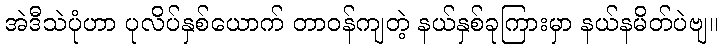
အဲဒီသဲပုံဟာ ပုလိပ်နှစ်ယောက် တာဝန်ကျတဲ့ နယ်နှစ်ခုကြားမှာ နယ်နမိတ်ပဲဗျ။